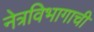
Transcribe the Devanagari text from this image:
नेत्रविभागाची